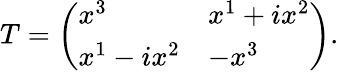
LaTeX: T=\left(\begin{array}{ll}{{x^{3}}}&{{x^{1}+ix^{2}}}\\ {{x^{1}-ix^{2}}}&{{-x^{3}}}\end{array}\right).